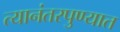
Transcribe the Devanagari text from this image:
त्यानंतरपुण्यात